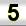
Digit: 5